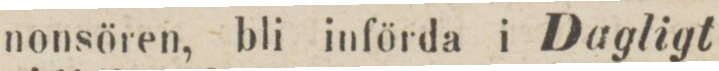
nonsören, bli införda i Dagligt